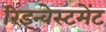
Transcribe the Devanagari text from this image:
रिइन्वेस्टमेंट